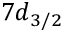
7 d _ { 3 / 2 }